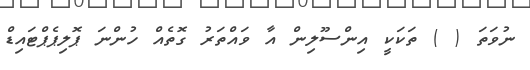
ނުވަތަ ( ) ތަކަކީ އިންސޫލިން އާ ވައްތަރު ގޮތެއް ހުންނަ ޕޮލިޕެޕްޓައިޑް